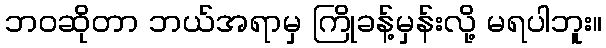
ဘဝဆိုတာ ဘယ်အရာမှ ကြိုခန့်မှန်းလို့ မရပါဘူး။